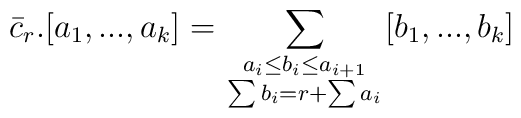
\bar c_r.[a_1,...,a_k]=\sum_{\scriptstyle a_i \leq b_i \leq a_{i+1} \atop\scriptstyle \sum b_i=r+\sum a_i } [b_1,...,b_k]